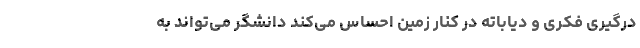
درگیری فکری و دیاباته در کنار زمین احساس می‌کند دانشگر می‌تواند به